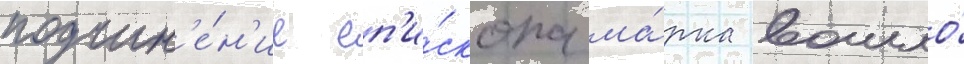
подчин'е́н'ие еп'и́скопа ма́рка вошло́